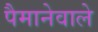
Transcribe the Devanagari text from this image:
पैमानेवाले